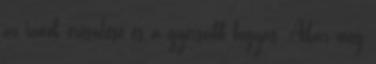
az izmok erősödése és a gyorsabb fogyás. Akár még